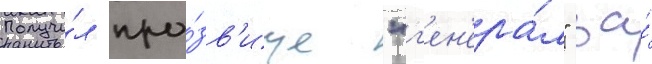
Получи́л про́зв'ище "г'ен'ера́л" за́